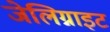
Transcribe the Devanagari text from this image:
जेलिग्नाइट